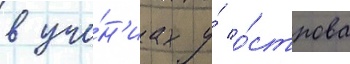
в уче́н'иах у́ о́строва